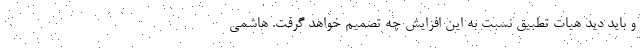
و باید دید هیات تطبیق نسبت به این افزایش چه تصمیم خواهد گرفت. هاشمی